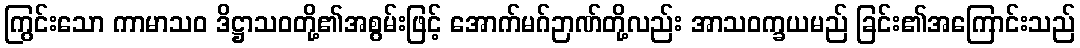
ကြွင်းသော ကာမာသဝ ဒိဋ္ဌာသဝတို့၏အစွမ်းဖြင့် အောက်မဂ်ဉာဏ်တို့လည်း အာသဝက္ခယမည် ခြင်း၏အကြောင်းသည်